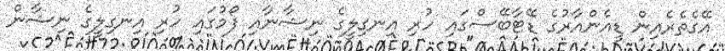
އޭގެތެރެއިން ޑީއެންއާރުގެ ޑޭޓާބޭސްގައި ހުރި އިނގިލީގެ ނިޝާނާއި ފޯމުގައި ހުރި އިނގިލީގެ ނިޝާން